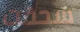
سحقت